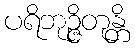
ပရိဘုဉ္ဇိတုန္တိ